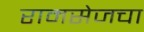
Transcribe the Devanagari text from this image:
रामसेजचा